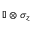
\mathbb { I } \otimes \sigma _ { z }